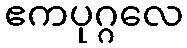
ဧကပုဂ္ဂလေ